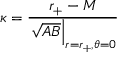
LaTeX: \kappa = { \frac { r _ { + } - M } { \left. \sqrt { A B } \right| _ { r = r _ { + } , \theta = 0 } } }